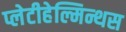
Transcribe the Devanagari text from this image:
प्लेटीहेल्मिन्थस